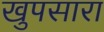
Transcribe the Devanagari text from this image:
खुपसारा